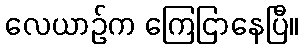
လေယာဉ်က ကြေငြာနေပြီ။